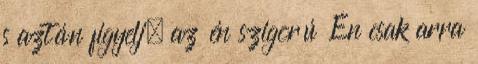
s aztán figyelj, az én szigorú Én csak arra